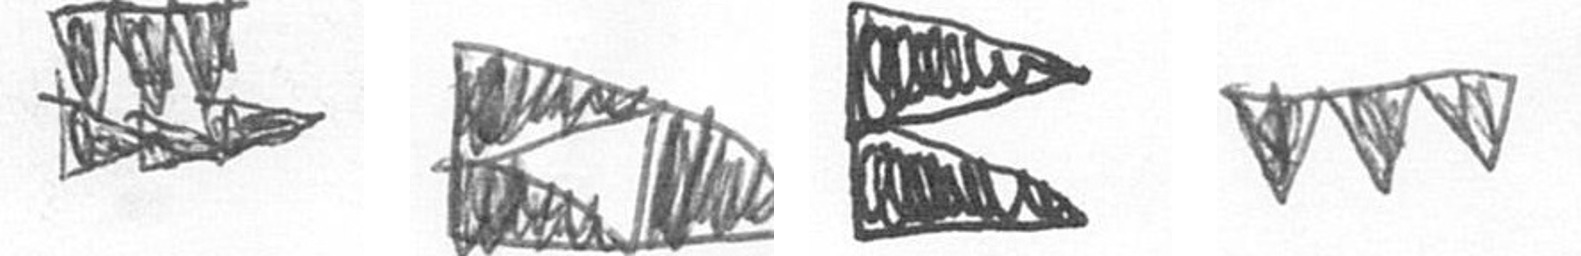
D K P L